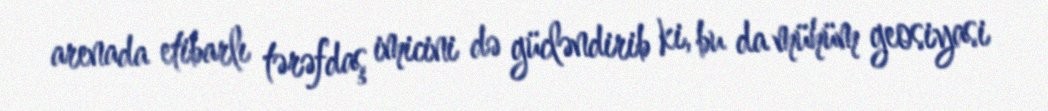
arenada etibarlı tərəfdaş imicini də gücləndirib ki, bu da mühüm geosiyasi